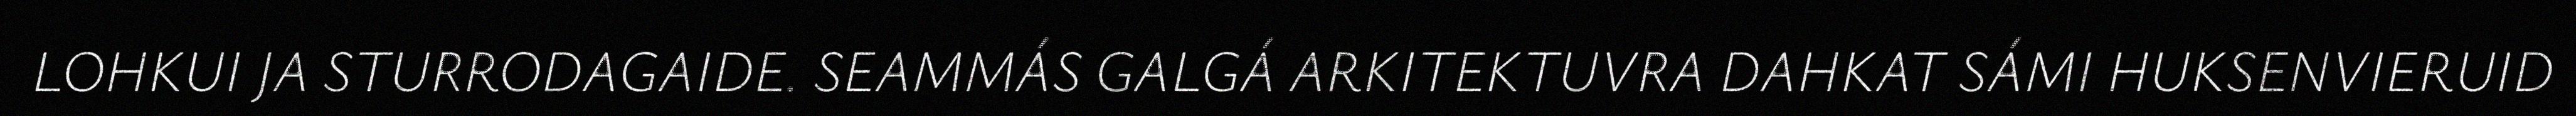
LOHKUI JA STURRODAGAIDE. SEAMMÁS GALGÁ ARKITEKTUVRA DAHKAT SÁMI HUKSENVIERUID